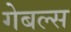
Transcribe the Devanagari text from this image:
गेबल्स